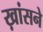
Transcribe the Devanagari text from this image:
ख़ांसने